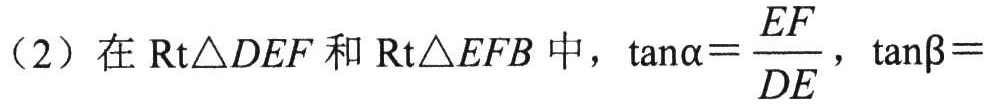
（2）在\(\text{Rt}\triangle DEF\)和\(\text{Rt}\triangle EFB\)中，\(\tan\alpha=\frac{EF}{DE}\)，\(\tan\beta =\)